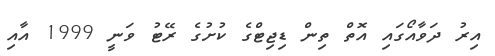
އިރު ދަވާއޯގައި އޮތް ތިން ޑިޖިޓްގެ ކުށުގެ ރޭޓު ވަނީ 1999 އާއި